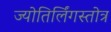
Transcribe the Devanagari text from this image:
ज्योतिर्लिंगस्तोत्र